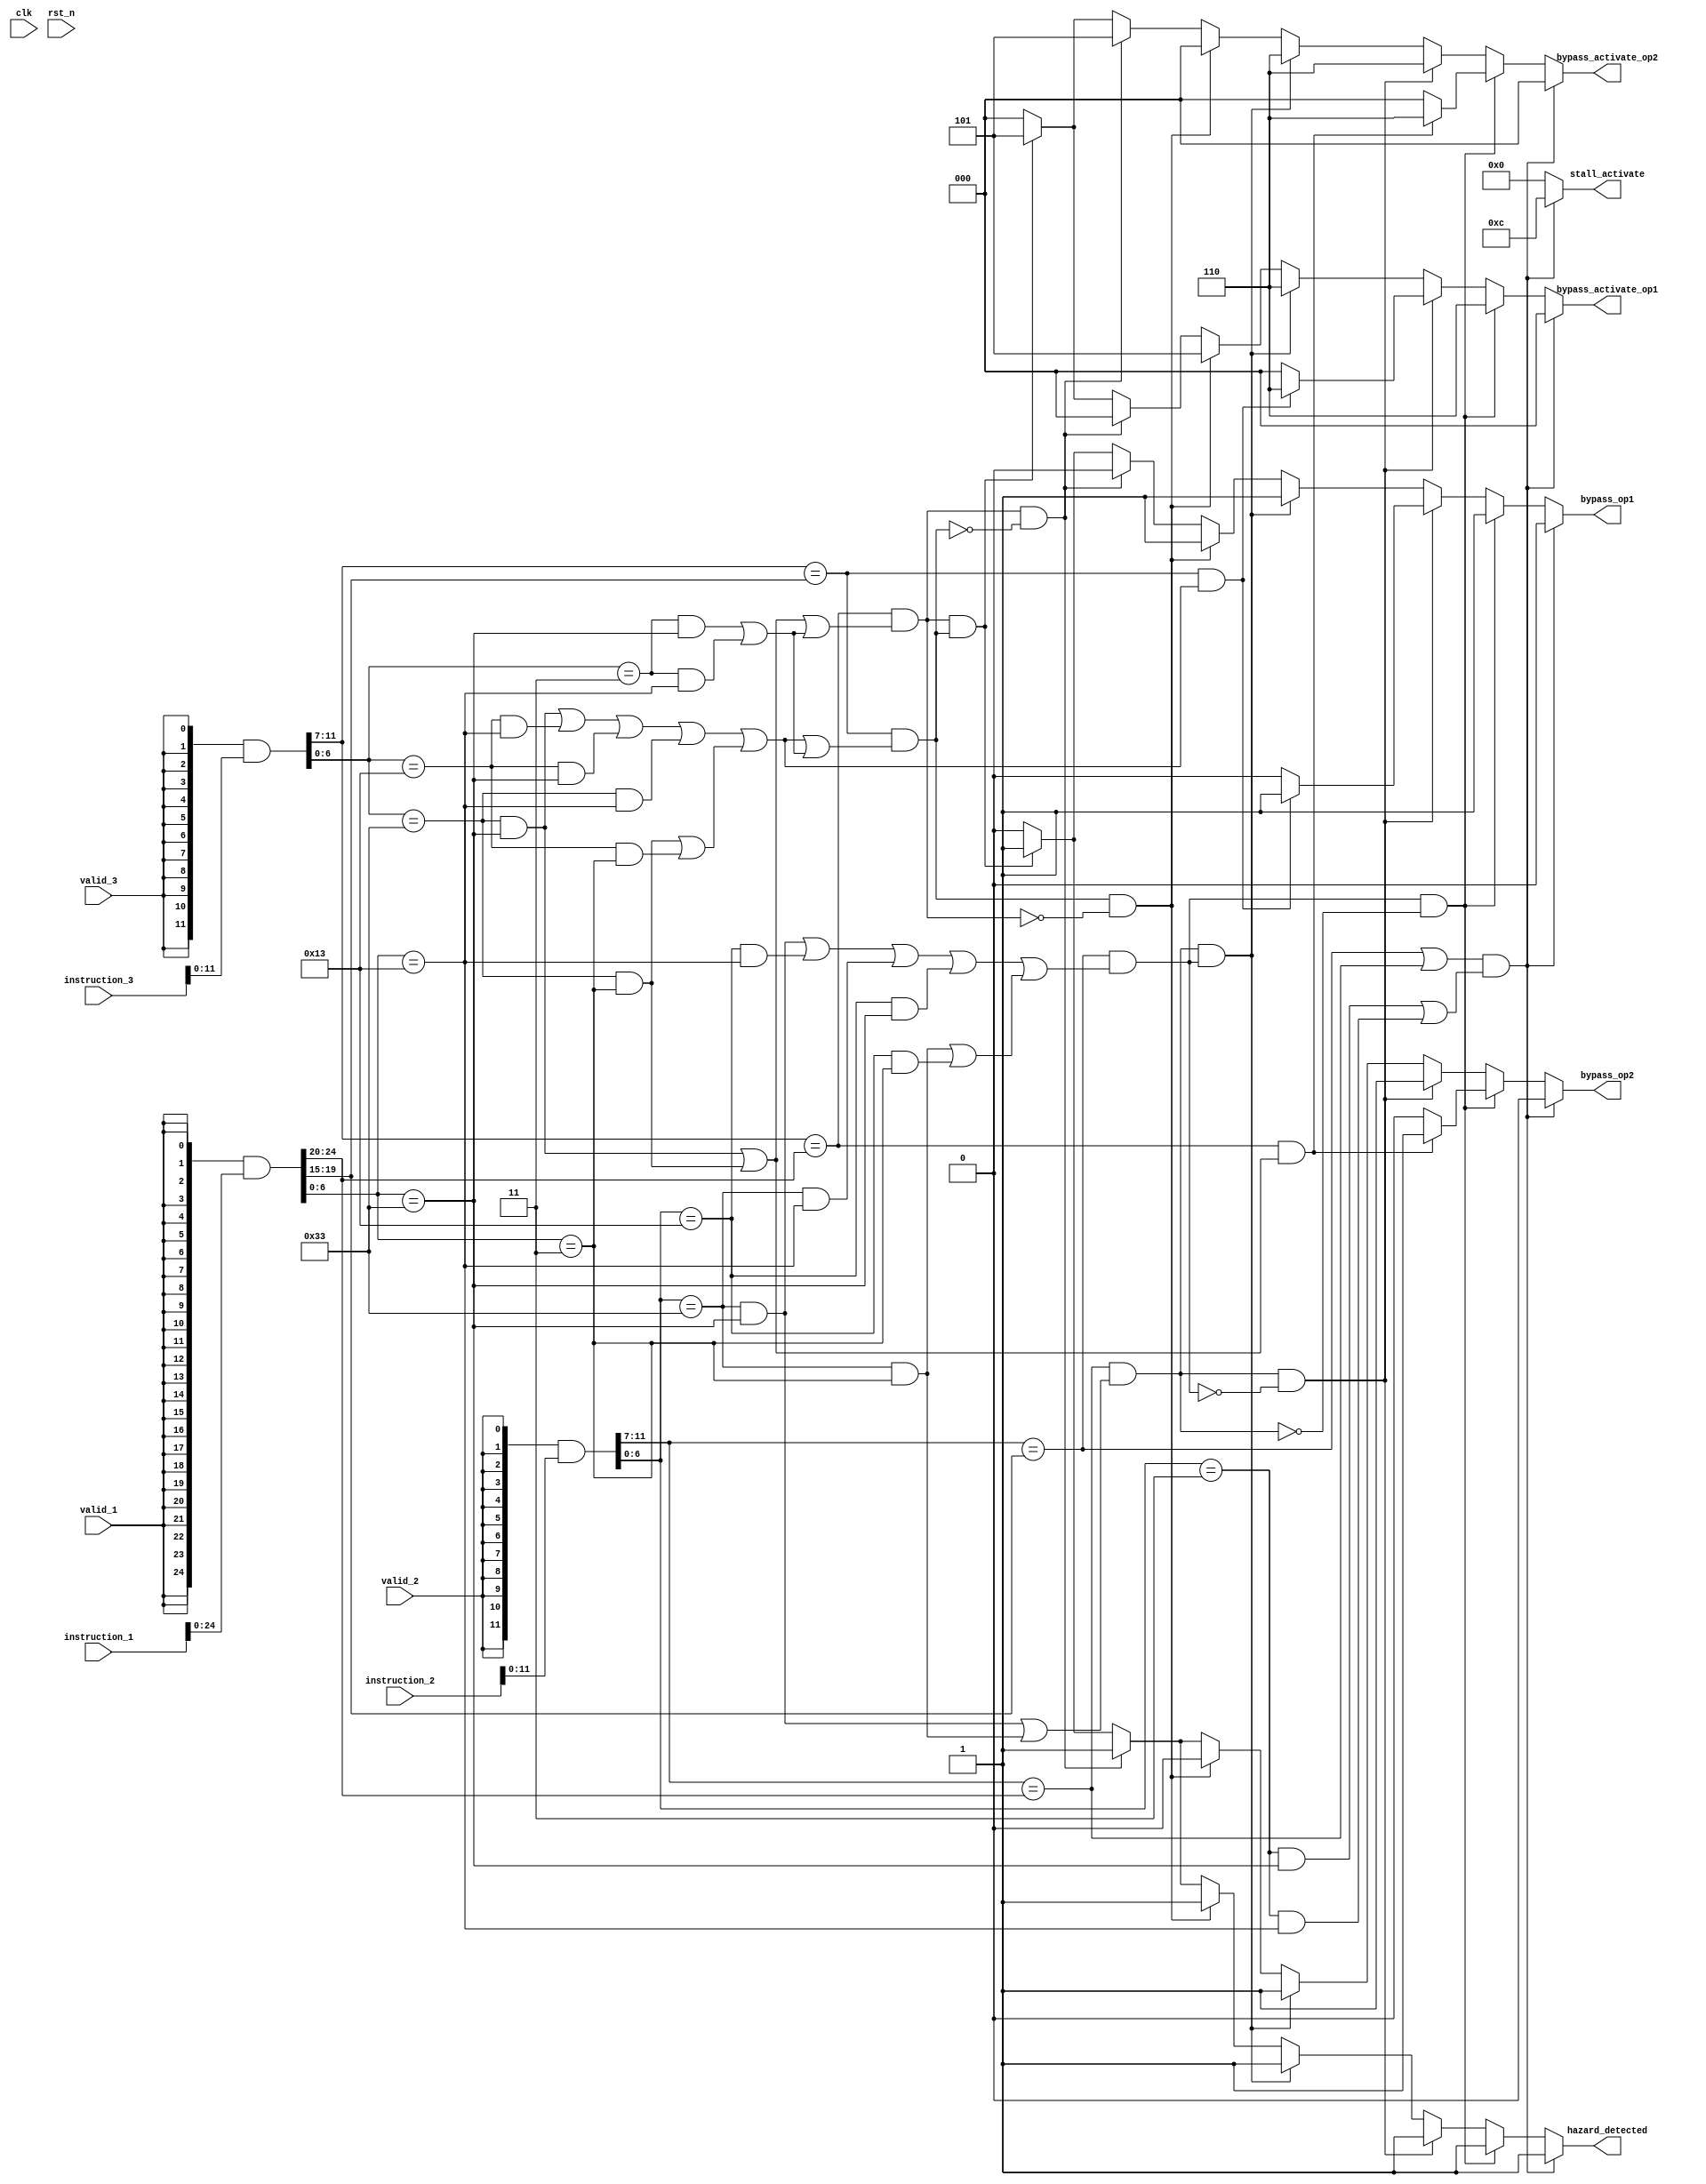
/*
MIT License

Copyright (c) 2024 Elsie Rezinold Y

Permission is hereby granted, free of charge, to any person obtaining a copy
of this software and associated documentation files (the "Software"), to deal
in the Software without restriction, including without limitation the rights
to use, copy, modify, merge, publish, distribute, sublicense, and/or sell
copies of the Software, and to permit persons to whom the Software is
furnished to do so, subject to the following conditions:

The above copyright notice and this permission notice shall be included in all
copies or substantial portions of the Software.

THE SOFTWARE IS PROVIDED "AS IS", WITHOUT WARRANTY OF ANY KIND, EXPRESS OR
IMPLIED, INCLUDING BUT NOT LIMITED TO THE WARRANTIES OF MERCHANTABILITY,
FITNESS FOR A PARTICULAR PURPOSE AND NONINFRINGEMENT. IN NO EVENT SHALL THE
AUTHORS OR COPYRIGHT HOLDERS BE LIABLE FOR ANY CLAIM, DAMAGES OR OTHER
LIABILITY, WHETHER IN AN ACTION OF CONTRACT, TORT OR OTHERWISE, ARISING FROM,
OUT OF OR IN CONNECTION WITH THE SOFTWARE OR THE USE OR OTHER DEALINGS IN THE
SOFTWARE.
*/
module hazard_detection (
    clk,
    rst_n,
    valid_1,
    instruction_1,
    valid_2,
    instruction_2,
    valid_3,
    instruction_3,
    hazard_detected,
    bypass_activate_op1,
    bypass_activate_op2,
    bypass_op1,
    bypass_op2,
    stall_activate
);


input clk;
input rst_n;
input valid_1,valid_2,valid_3;
input [31:0] instruction_1,instruction_2,instruction_3;

output reg hazard_detected;
output reg [2:0] bypass_activate_op1,bypass_activate_op2;
output reg [3:0] stall_activate;
output reg bypass_op1,bypass_op2;
wire [31:0] w_instruction_1,w_instruction_2,w_instruction_3;

assign w_instruction_1 = {{32{valid_1}}} & instruction_1;
assign w_instruction_2 = {{32{valid_2}}} & instruction_2;
assign w_instruction_3 = {{32{valid_3}}} & instruction_3;

wire hz_c1_r1 = (((w_instruction_3[6:0] == 51) && (w_instruction_1[6:0]==51)) || 
                 ((w_instruction_3[6:0] == 19) && (w_instruction_1[6:0]==19)) || 
                 ((w_instruction_3[6:0] == 19) && (w_instruction_1[6:0]==51)) || 
                 ((w_instruction_3[6:0] == 51) && (w_instruction_1[6:0]== 19)));
wire hz_c1_r2 = ((w_instruction_3[6:0] == 51) && (w_instruction_1[6:0]==51));

wire hz_c2_r1 = (((w_instruction_2[6:0] == 51) && (w_instruction_1[6:0] == 51)) || 
                 ((w_instruction_2[6:0] == 19) && (w_instruction_1[6:0] == 19)) || 
                 ((w_instruction_2[6:0] == 51) && (w_instruction_1[6:0] == 19)) || 
                 ((w_instruction_2[6:0] == 19) && (w_instruction_1[6:0] == 51)));
wire hz_c2_r2 = ((w_instruction_2[6:0] == 51) && (w_instruction_1[6:0]==51));

wire hz_c3_r1 = (((w_instruction_3[6:0] == 51) && (w_instruction_1[6:0] == 3)) || 
                 ((w_instruction_3[6:0] == 19) && (w_instruction_1[6:0] == 3)));

wire hz_c3_r2 = ((w_instruction_3[6:0] == 51) && (w_instruction_1[6:0]  == 3));

wire hz_c4_r1 = (((w_instruction_2[6:0] == 51) && (w_instruction_1[6:0] == 3)) || 
                 ((w_instruction_2[6:0] == 19) && (w_instruction_1[6:0] == 3)));

wire hz_c4_r2 = ((w_instruction_2[6:0] == 51) && (w_instruction_1[6:0] == 3));

wire hz_c5_r1 = (((w_instruction_2[6:0]==3) && (w_instruction_1[6:0]==51)) ||
                 ((w_instruction_2[6:0]==3) && (w_instruction_1[6:0]==19)));

wire hz_c6_r1 = (((w_instruction_3[6:0]==3) && (w_instruction_1[6:0]==51)) ||
                 ((w_instruction_3[6:0]==3) && (w_instruction_1[6:0]==19)));

always@(*) begin
    hazard_detected     =   0;
    bypass_activate_op1 =   0;
    bypass_activate_op2 =   0;
    stall_activate      =   0;
    bypass_op1          =   0;
    bypass_op2          =   0;
    if (((w_instruction_2[11:7] == w_instruction_1[19:15])||(w_instruction_2[11:7] == w_instruction_1[24:20])) && (hz_c5_r1)) begin
        hazard_detected = 1'b1;
        stall_activate = 4'b1100; 
    end
    else if ((w_instruction_2[11:7] == w_instruction_1[19:15]) && (hz_c2_r1||hz_c4_r1) && !(((w_instruction_2[11:7] == w_instruction_1[24:20])) && (hz_c2_r2||hz_c4_r2))) begin
        hazard_detected = 1'b1;
        bypass_activate_op1 = 3'b110;
        bypass_op1 = 1'b1;
        if (((w_instruction_3[11:7] == w_instruction_1[24:20])) && (hz_c1_r2||hz_c3_r2)) begin
            bypass_activate_op2 = 3'b110;
            bypass_op2 = 1'b1;
        end
    end
    else if ((w_instruction_2[11:7] == w_instruction_1[24:20]) && (hz_c2_r2||hz_c4_r2) && !(((w_instruction_2[11:7] == w_instruction_1[19:15])) && (hz_c2_r1||hz_c4_r1))) begin
        hazard_detected = 1'b1;
        bypass_activate_op2 = 3'b110;
        bypass_op2 = 1'b1;
        if (((w_instruction_3[11:7] == w_instruction_1[19:15])) && (hz_c1_r1||hz_c3_r1)) begin
            bypass_activate_op1 = 3'b110;
            bypass_op1 = 1'b1;
        end
    end
    else if ((w_instruction_2[11:7] == w_instruction_1[24:20]) && (hz_c2_r2||hz_c4_r2) && (((w_instruction_2[11:7] == w_instruction_1[19:15])) && (hz_c2_r1||hz_c4_r1))) begin
        hazard_detected = 1'b1;
        bypass_activate_op1 = 3'b110;
        bypass_activate_op2 = 3'b110;
        bypass_op2 = 1'b1;
        bypass_op1 = 1'b1;
    end
    else if ((w_instruction_3[11:7] == w_instruction_1[19:15]) && (hz_c1_r1||hz_c3_r1||hz_c6_r1) && !(((w_instruction_3[11:7] == w_instruction_1[24:20])) && (hz_c1_r2||hz_c3_r2||hz_c6_r1))) begin
        hazard_detected = 1'b1;
        bypass_activate_op1 = 3'b101;
        bypass_op1 = 1'b1;
    end
    else if ((w_instruction_3[11:7] == w_instruction_1[24:20]) && (hz_c1_r2||hz_c3_r2||hz_c6_r1) && !(((w_instruction_3[11:7] == w_instruction_1[19:15])) && (hz_c1_r1||hz_c3_r1||hz_c6_r1))) begin
        hazard_detected = 1'b1;
        bypass_activate_op2 = 3'b101;
        bypass_op2 = 1'b1;
    end
    else if ((w_instruction_3[11:7] == w_instruction_1[24:20]) && (hz_c1_r2||hz_c3_r2||hz_c6_r1) && (((w_instruction_3[11:7] == w_instruction_1[19:15])) && (hz_c1_r1||hz_c3_r1||hz_c6_r1))) begin
        hazard_detected = 1'b1;
        bypass_activate_op1 = 3'b101;
        bypass_activate_op2 = 3'b101;
        bypass_op2 = 1'b1;
        bypass_op1 = 1'b1;
    end
end

endmodule